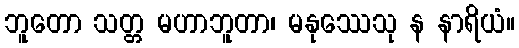
ဘူတော သတ္တ မဟာဘူတာ၊ မနုဿေသု န နာရိယံ။